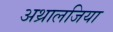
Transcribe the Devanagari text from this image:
अथ्रालजिया